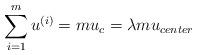
LaTeX: \begin{align*}\sum\limits_{i=1}^mu^{(i)}=mu_c=\lambda mu_{center} \end{align*}